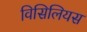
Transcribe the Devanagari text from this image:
विसिलियस